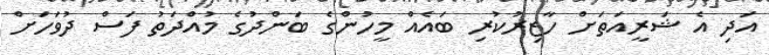
އަދި އެ ޝަރީއަތަށް ހާޒިރުކުރި ބައެއް މީހުންގެ ބަންދުގެ މުއްދަތު ފަސް ދުވަހަށް